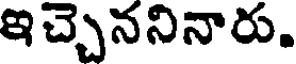
ఇచ్చెననినారు.